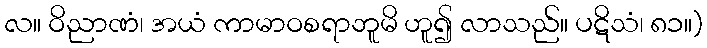
လ။ ဝိညာဏံ၊ အယံ ကာမာဝစရာဘူမိ ဟူ၍ လာသည်။ ပဋိသံ၊ ၈၁။)